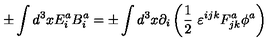
\pm \int d ^ { 3 } x E _ { i } ^ { a } B _ { i } ^ { a } = \pm \int d ^ { 3 } x \partial _ { i } \left( \frac { 1 } { 2 } \ \varepsilon ^ { i j k } F _ { j k } ^ { a } \phi ^ { a } \right)